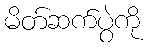
မိတ်ဆက်ပွဲကို